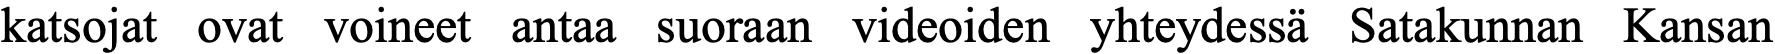
katsojat ovat voineet antaa suoraan videoiden yhteydessä Satakunnan Kansan